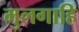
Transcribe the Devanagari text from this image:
मुलगाहि